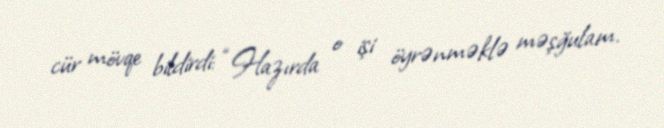
cür mövqe bildirdi: “Hazırda o işi öyrənməklə məşğulam.